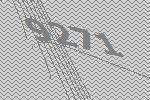
9271